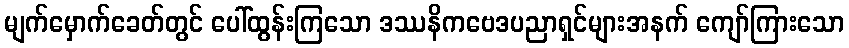
မျက်မှောက်ခေတ်တွင် ပေါ်ထွန်းကြသော ဒဿနိကဗေဒပညာရှင်များအနက် ကျော်ကြားသော